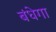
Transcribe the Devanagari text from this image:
बंधेगा